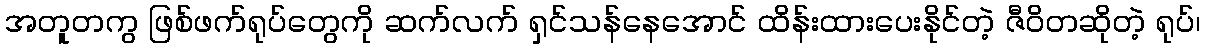
အတူတကွ ဖြစ်ဖက်ရုပ်တွေကို ဆက်လက် ရှင်သန်နေအောင် ထိန်းထားပေးနိုင်တဲ့ ဇီဝိတဆိုတဲ့ ရုပ်၊